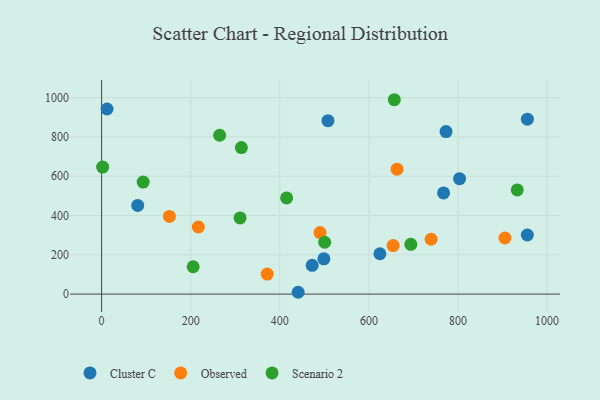
{"axis": {"x": "Distance", "y": "Exam Score"}, "legend": ["Cluster C", "Observed", "Scenario 2"], "data": [{"x": "624.7", "y": 205.5, "type": "Cluster C"}, {"x": "773.1", "y": 827.3, "type": "Cluster C"}, {"x": "955.7", "y": 890.4, "type": "Cluster C"}, {"x": "498.9", "y": 179.7, "type": "Cluster C"}, {"x": "81.0", "y": 451.4, "type": "Cluster C"}, {"x": "767.6", "y": 514.9, "type": "Cluster C"}, {"x": "803.5", "y": 587.7, "type": "Cluster C"}, {"x": "441.2", "y": 9.3, "type": "Cluster C"}, {"x": "12.2", "y": 942.4, "type": "Cluster C"}, {"x": "472.7", "y": 146.3, "type": "Cluster C"}, {"x": "955.6", "y": 300.9, "type": "Cluster C"}, {"x": "508.1", "y": 883.1, "type": "Cluster C"}, {"x": "152.2", "y": 395.7, "type": "Observed"}, {"x": "905.3", "y": 285.6, "type": "Observed"}, {"x": "490.3", "y": 313.0, "type": "Observed"}, {"x": "654.3", "y": 246.9, "type": "Observed"}, {"x": "371.7", "y": 101.8, "type": "Observed"}, {"x": "739.6", "y": 279.3, "type": "Observed"}, {"x": "217.1", "y": 341.7, "type": "Observed"}, {"x": "663.1", "y": 636.2, "type": "Observed"}, {"x": "933.0", "y": 530.2, "type": "Scenario 2"}, {"x": "205.5", "y": 139.3, "type": "Scenario 2"}, {"x": "2.3", "y": 646.7, "type": "Scenario 2"}, {"x": "500.7", "y": 264.1, "type": "Scenario 2"}, {"x": "93.3", "y": 570.3, "type": "Scenario 2"}, {"x": "657.0", "y": 989.6, "type": "Scenario 2"}, {"x": "694.1", "y": 253.2, "type": "Scenario 2"}, {"x": "313.7", "y": 745.8, "type": "Scenario 2"}, {"x": "415.3", "y": 489.7, "type": "Scenario 2"}, {"x": "264.9", "y": 808.7, "type": "Scenario 2"}, {"x": "310.8", "y": 387.9, "type": "Scenario 2"}]}